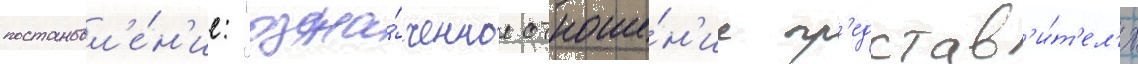
постановл'е́н'ие: "озна́ченное отноше́н'ие пр'едстав'и́т'ел'я